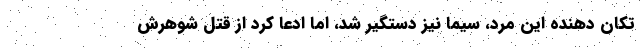
تکان دهنده این مرد، سیما نیز دستگیر شد، اما ادعا کرد از قتل شوهرش